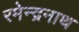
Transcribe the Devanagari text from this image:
रमेन्द्रनाथ